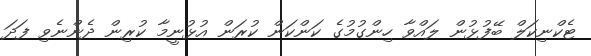
ޓެކްނިކަލް ބޭފުޅުން ލައްވާ ހިންގުމުގެ ކަންކަން ކުރަން އުޅުނީމާ ކުރިން ދެންނެވި ފަދަ